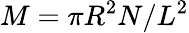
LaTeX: M=\pi R^{2}N/L^{2}